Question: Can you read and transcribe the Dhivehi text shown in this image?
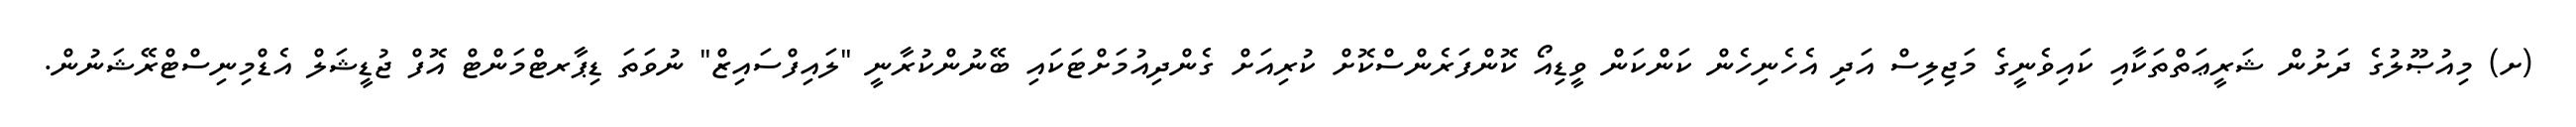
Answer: (ށ) މިއުޞޫލުގެ ދަށުން ޝަރީޢަތްތަކާއި ކައިވެނީގެ މަޖިލިސް އަދި އެހެނިހެން ކަންކަން ވީޑިއޯ ކޮންފަރެންސްކޮށް ކުރިއަށް ގެންދިއުމަށްޓަކައި ބޭނުންކުރާނީ "ލައިފްސައިޒް" ނުވަތަ ޑިޕާރޓްމަންޓް އޮފް ޖުޑީޝަލް އެޑްމިނިސްޓްރޭޝަނުން.